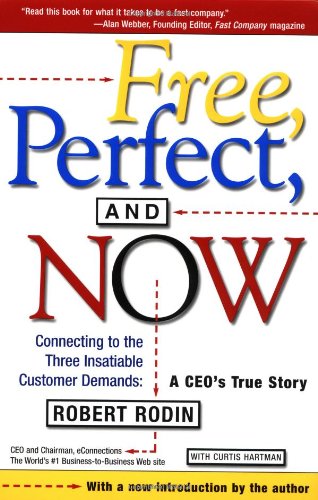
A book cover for Free, Perfect, and Now: Connecting to the Three Insatiable Customer Demands, A CEO's True Story; Robert Rodin; Computers & Technology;